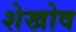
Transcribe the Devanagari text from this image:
शेखोव